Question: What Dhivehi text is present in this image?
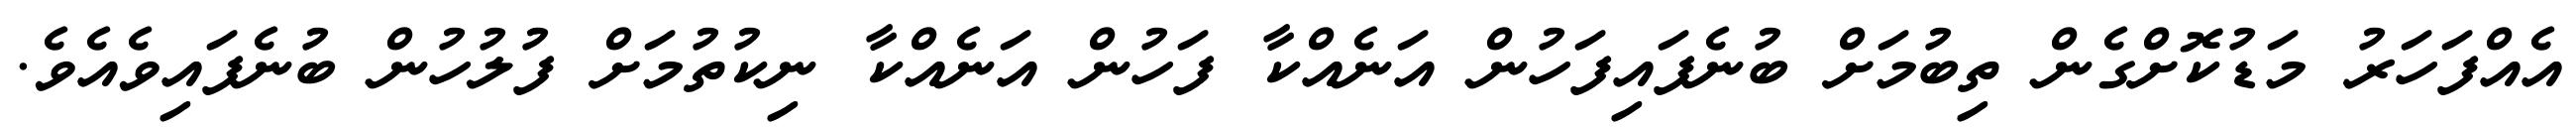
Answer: އެއްފަހަރު މަޑުކޮށްގެން ތިބުމަށް ބުނެފައިފަހުން އަނެއްކާ ފަހުން އަނެއްކާ ނިކުތުމަށް ފުލުހުން ބުނެފައިވެއެވެ.